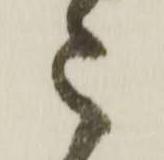
被